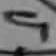
Text: 9